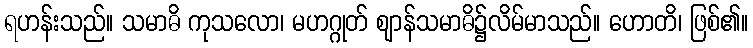
ရဟန်းသည်။ သမာဓိ ကုသလော၊ မဟဂ္ဂုတ် ဈာန်သမာဓိ၌လိမ်မာသည်။ ဟောတိ၊ ဖြစ်၏။